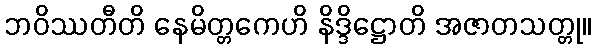
ဘဝိဿတီတိ နေမိတ္တကေဟိ နိဒ္ဒိဋ္ဌောတိ အဇာတသတ္တု။